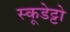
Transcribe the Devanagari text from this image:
स्कूडेट्टो